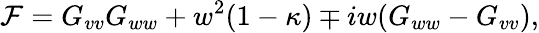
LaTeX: \mathcal{F}=G_{vv}G_{ww}+w^{2}(1-\kappa)\mp iw(G_{ww}-G_{vv}),